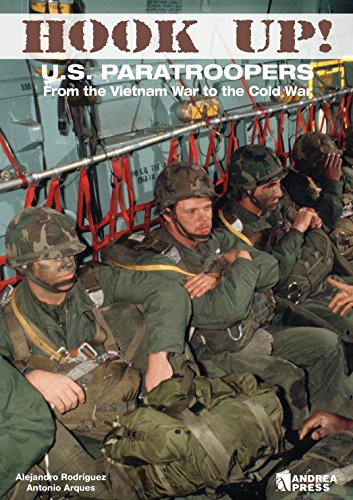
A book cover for Hooked Up!: US Paratroopers from the Vietnam War to the Cold War; Alejandro Rodriguez; History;